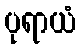
ပုရာယံ